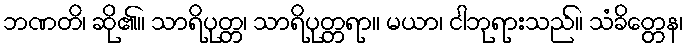
ဘဏတိ၊ ဆို၏။ သာရိပုတ္တ၊ သာရိပုတ္တရာ။ မယာ၊ ငါဘုရားသည်။ သံခိတ္တေန၊